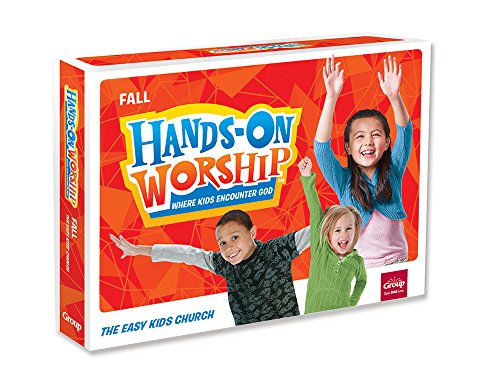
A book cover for Hands-On Worship Kit, Fall; Group Publishing; Christian Books & Bibles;